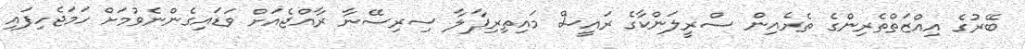
ބޭރުގެ އިއްޒަތްތެރިންގެ ތެރެއިން ސްރީލަންކާގެ ރައީސް މައިތިރިޕާލާ ސިރިސޭނާ ރާއްޖެއަށް ވަޑައިގެންނެވުމަށް ހަމަޖެހިފައި